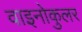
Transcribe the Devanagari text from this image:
वाइनोकुलर